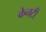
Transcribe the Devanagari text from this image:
केनटी